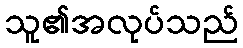
သူ၏အလုပ်သည်